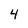
Character: 4